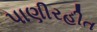
પાણીરહીત